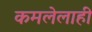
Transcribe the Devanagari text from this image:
कमलेलाही